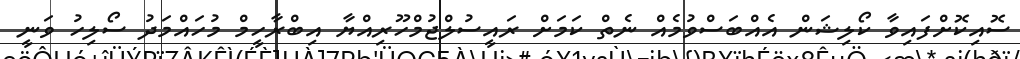
ސޮއިކޮށްފައިވާ ކޯލިޝަން އެއްބަސްވުމެއް ނެތް ކަމަށް ރައީސުލްޖުމްހޫރިއްޔާ އިބްރާހީމް މުހައްމަދު ސޯލިހު ވަނީ